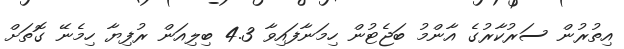
އިތުރުން ސަރުކާރުގެ އާންމު ބަޖެޓުން ހިމަނާފައިވާ 4.3 ބިލިއަން ރުފިޔާ ހިމެނޭ ގޮތަށް